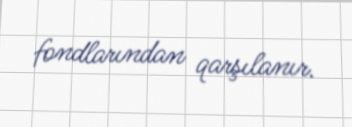
fondlarından qarşılanır.